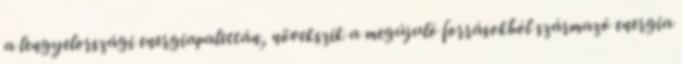
a lengyelországi energiapalettán, növekszik a megújuló forrásokból származó energia